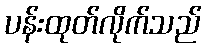
ပန်းထုတ်လိုက်သည်